Heimtali_vallavalitsus, lk 11
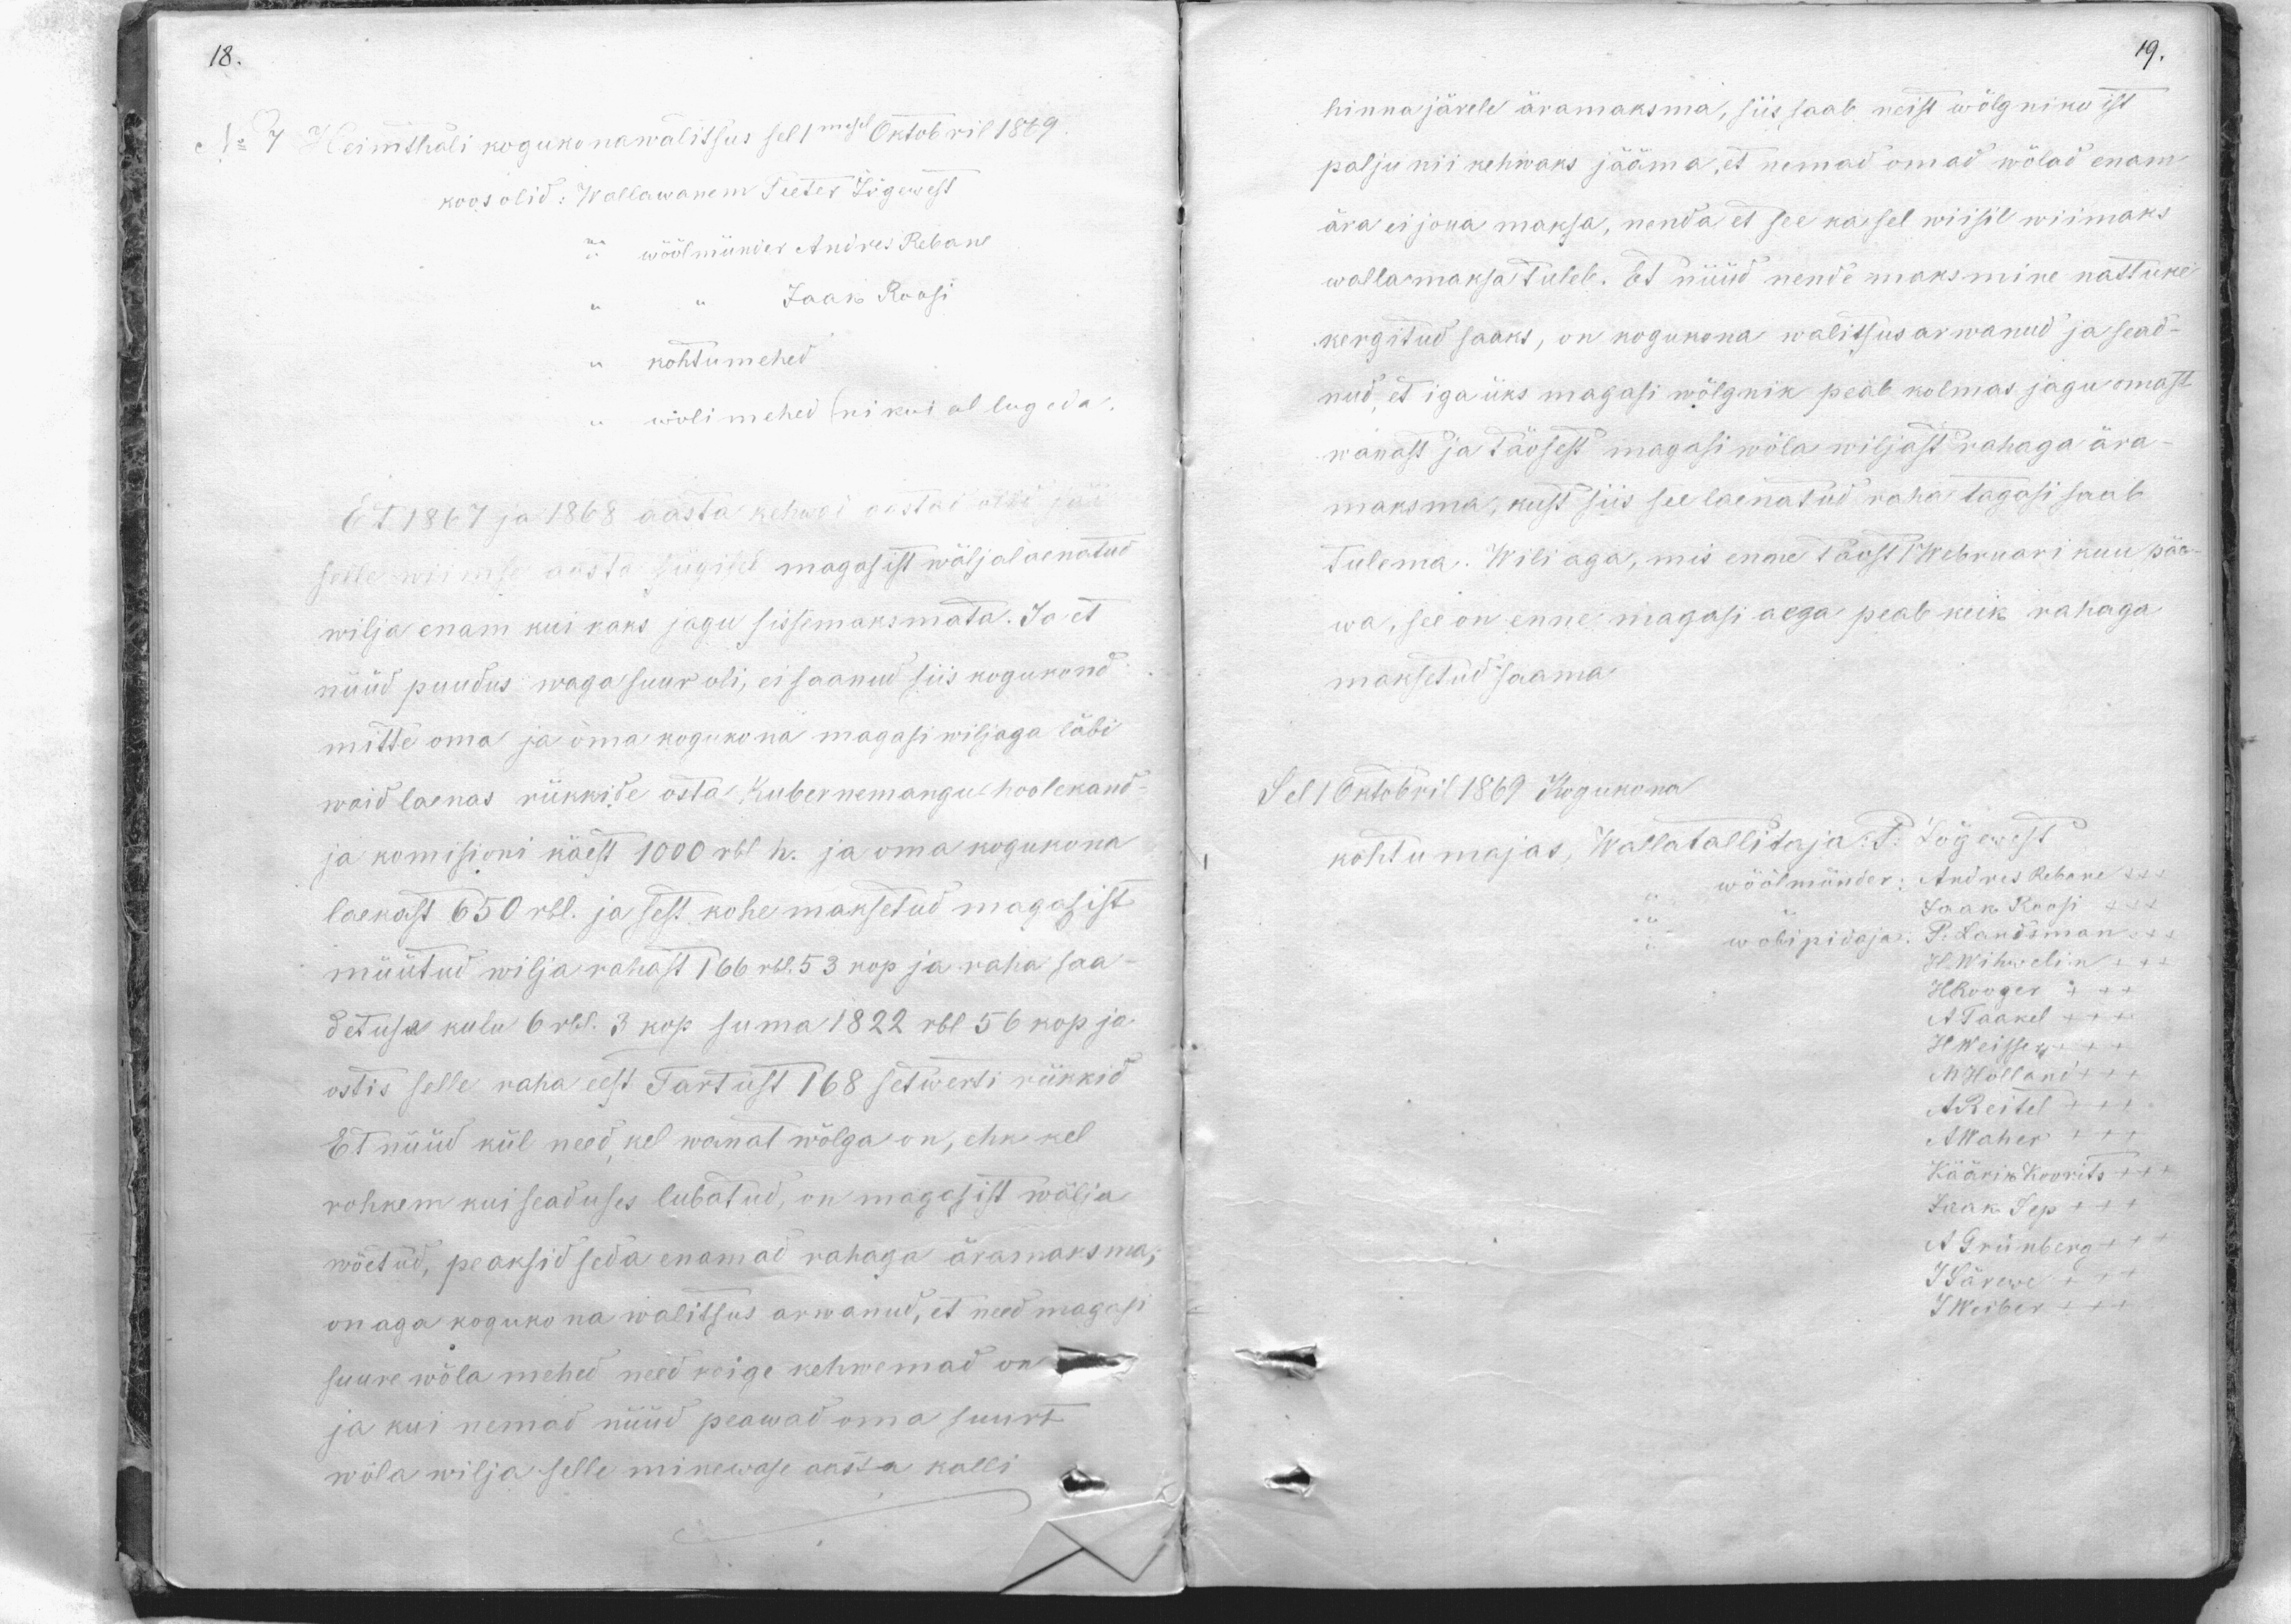
No 7 Heimthali kogukonawalitsus sel 1mesel Oktobril 1869
koos olid: Wallawanem Peeter Lõgewest
wöölmünder Andres Rebane
Jaak Roosi
kohtumehed
woli mehed (ni kui al lugeda)
Et 1867 ja 1868 aasta kehwad aastad olid ja
selle wiimse aasta sügisel magasist wäljalaenatud
wilja enam kui kaks jagu sissemaksmata. Ja et
nüüd puudus waga suur oli, ei saanud siis kogukond
mitte oma ja oma kogukona magasi wiljaga läbi
waid laenas rükkide osta Kubernemangu hoolekand-
ja komisioni käest 1000 rbl h. ja oma kogukona
laekast 650 rbl. ja sest kohe maksetud magasist
müütud wilja rahast 166 rbl. 53 kop ja raha saa-
detus kulu 6 rbl. 3 kop. suma 1822 rbl 56 kop ja
ostis selle raha eest Tartust 168 setwerti rükkid
Et nüüd kül need, kel wanat wõlga on, ehk kel
rohkem kui seaduses lubatud, on magasist wälja
wõetud, peaksid seda enamad rahaga äramaksma,
on aga kogukonna walitsus arwanud, et need magasi
suure wõla mehed need koige kehwemad on
ja kui nemad nüüd peawad oma suurt
wõla wilja selle minewase aasta kalli

hinna järele äramaksma, siis saab neist wõlgnikuist
palju nii kehwaks jääma, et nemad omad wõlad enam
ära ei joka maksa, nenda et see ka sel wiisil wiimaks
wallamaksa tuleb. Et nüüd nende maksmine nattuke
kergitud saaks, on kogukona walitsus arwanud ja sead-
nud, et iga üks magasi wõlgnik peab kolmas jagu omast
wanast ja täosest magasi wõla wiljast rahaga ära-
maksma, kust siis see laenatud raha tagasi saab
Tulema. Wili aga, mis enne Taost 1 Webruari kuu päe-
wa, see on enne magasi aega peab keik rahaga
maksetud saama
Sel 1 Oktobril 1869 Kogukona
kohtumajas, Wallatallitaja P. Jõgewest
wöölmünder: Andres Rebane +++
Jaak Roosi
wolipidaja: P. Landsman
H. Wihwelin +++
H. Rooger XXX
H. Taakel XXX
H Weisser +++
M Holland +++
A. Reitel XXX
A. Waher XXX
Käärik Koorits +++
Jaak Sep XXX
A Grünberg +++
J. Särewe XXX
J Weiber +++